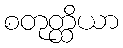
စတုတ္ထိယာ